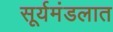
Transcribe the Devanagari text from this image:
सूर्यमंडलात